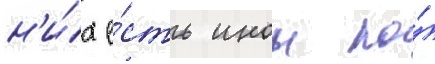
н'и́х е́сть инои по́